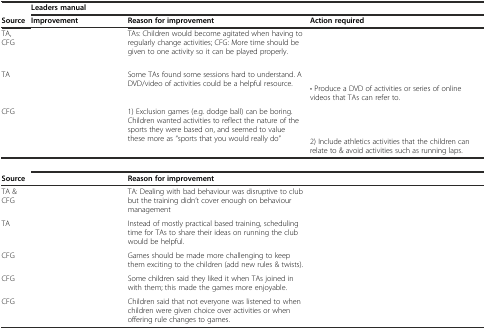
<table><thead><tr><td>[EMPTY_CELL]</td><td colspan="3"><b>Leaders manual</b></td></tr><tr><td><b>Source</b></td><td><b>Improvement</b></td><td><b>Reason for improvement</b></td><td><b>Action required</b></td></tr></thead><tbody><tr><td>TA, CFG</td><td>[EMPTY_CELL]</td><td>TAs: Children would become agitated when having to regularly change activities; CFG: More time should be given to one activity so it can be played properly.</td><td>[EMPTY_CELL]</td></tr><tr><td rowspan="2">TA</td><td rowspan="2">[EMPTY_CELL]</td><td rowspan="2">Some TAs found some sessions hard to understand. A DVD/video of activities could be a helpful resource.</td><td>[EMPTY_CELL]</td></tr><tr><td>• Produce a DVD of activities or series of online videos that TAs can refer to.</td></tr><tr><td rowspan="2">CFG</td><td rowspan="2">[EMPTY_CELL]</td><td rowspan="2">1) Exclusion games (e.g. dodge ball) can be boring. Children wanted activities to reflect the nature of the sports they were based on, and seemed to value these more as “sports that you would really do”</td><td>[EMPTY_CELL]</td></tr><tr><td>2) Include athletics activities that the children can relate to &amp; avoid activities such as running laps.</td></tr><tr><td>[EMPTY_CELL]</td><td colspan="3">[EMPTY_CELL]</td></tr><tr><td><b>Source</b></td><td>[EMPTY_CELL]</td><td><b>Reason for improvement</b></td><td>[EMPTY_CELL]</td></tr><tr><td>TA &amp; CFG</td><td>[EMPTY_CELL]</td><td>TA: Dealing with bad behaviour was disruptive to club but the training didn’t cover enough on behaviour management</td><td>[EMPTY_CELL]</td></tr><tr><td>TA</td><td>[EMPTY_CELL]</td><td>Instead of mostly practical based training, scheduling time for TAs to share their ideas on running the club would be helpful.</td><td>[EMPTY_CELL]</td></tr><tr><td>CFG</td><td>[EMPTY_CELL]</td><td>Games should be made more challenging to keep them exciting to the children (add new rules &amp; twists).</td><td>[EMPTY_CELL]</td></tr><tr><td>CFG</td><td>[EMPTY_CELL]</td><td>Some children said they liked it when TAs joined in with them; this made the games more enjoyable.</td><td>[EMPTY_CELL]</td></tr><tr><td>CFG</td><td>[EMPTY_CELL]</td><td>Children said that not everyone was listened to when children were given choice over activities or when offering rule changes to games.</td><td>[EMPTY_CELL]</td></tr></tbody></table>